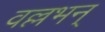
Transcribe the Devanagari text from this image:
वल्लभन्